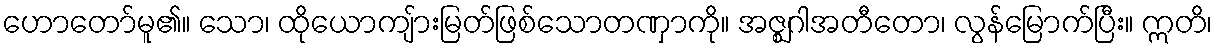
ဟောတော်မူ၏။ သော၊ ထိုယောကျ်ားမြတ်ဖြစ်သောတဏှာကို။ အဇ္ဈဂါအတီတော၊ လွန်မြောက်ပြီး။ ဣတိ၊